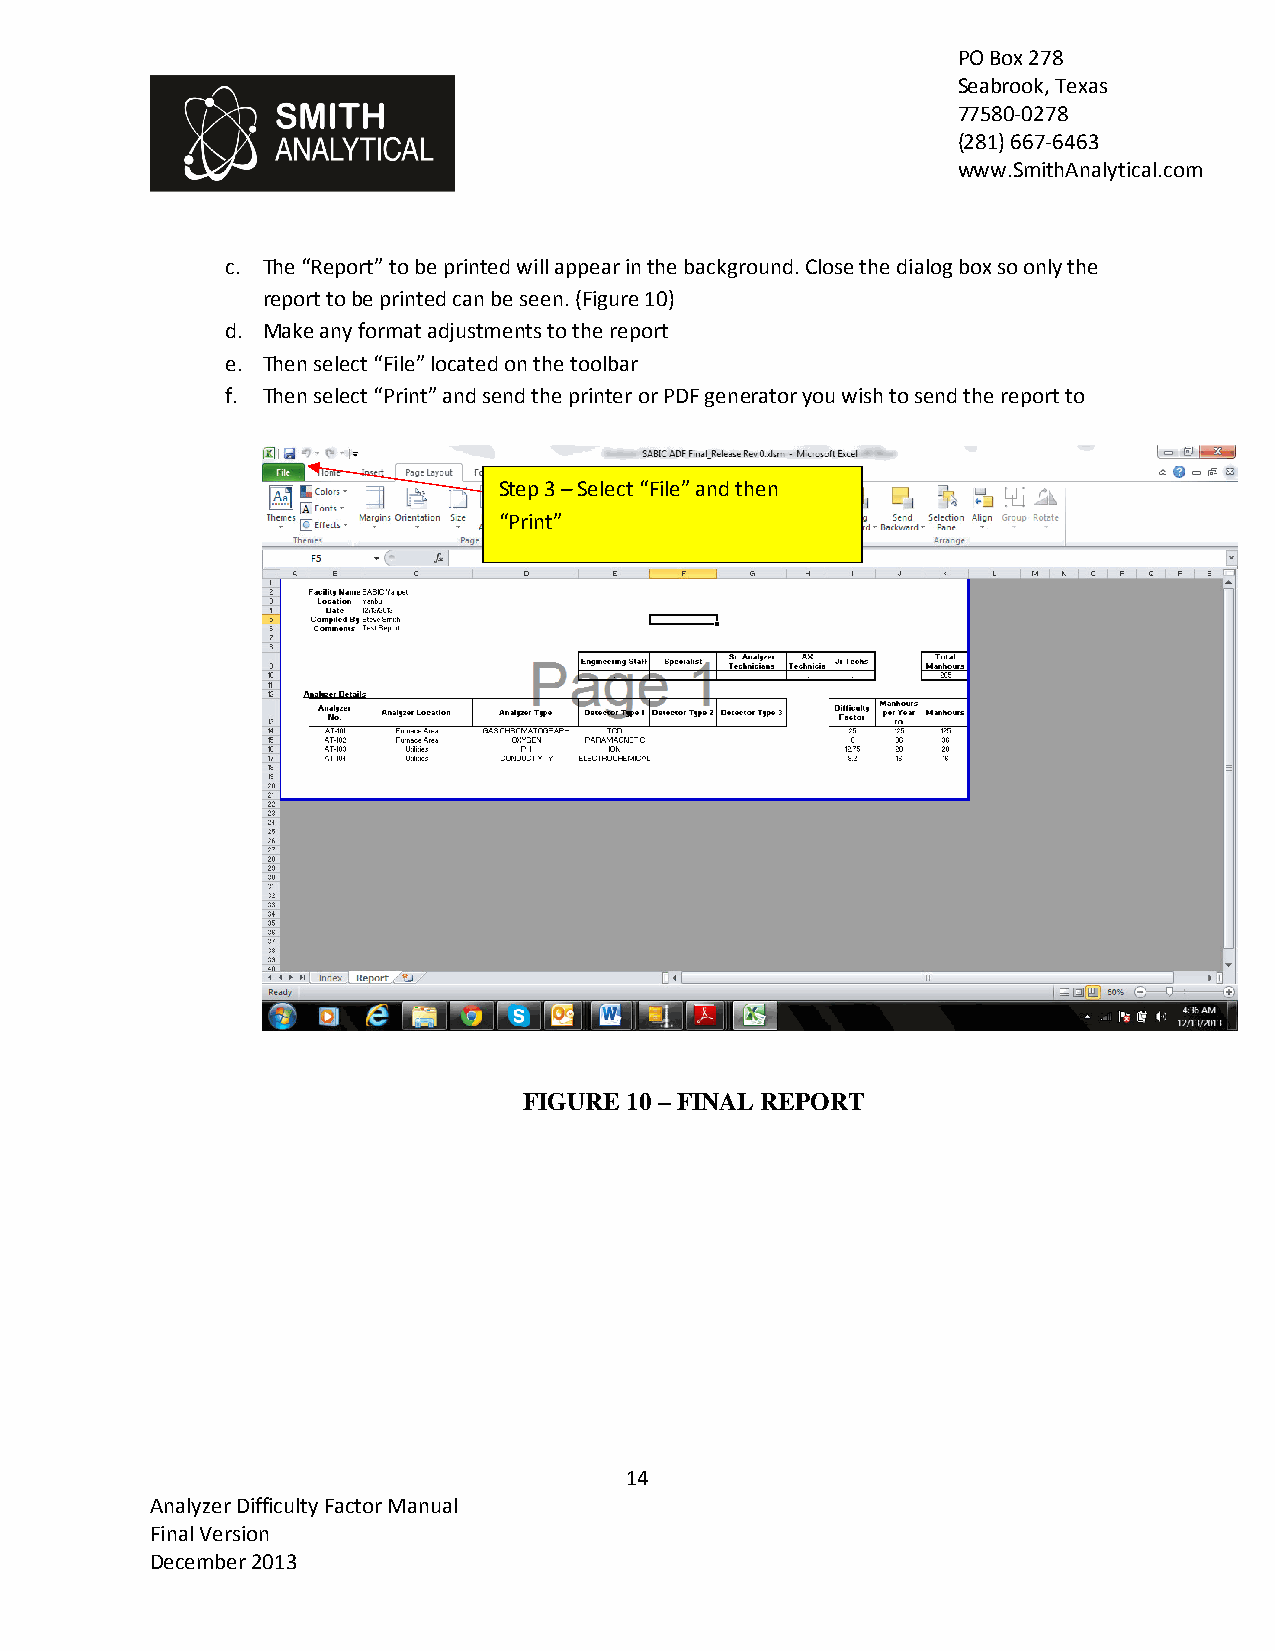
PO Box 278
 Seabrook, Texas
 77580-0278
 (281) 667-6463
 www.SmithAnalytical.com
 c. The “Report” to be printed will appear in the background. Close the dialog box so only the
 report to be printed can be seen. (Figure 10)
 d. Make any format adjustments to the report
 e. Then select “File” located on the toolbar
 f. Then select “Print” and send the printer or PDF generator you wish to send the report to
 Step 3 – Select “File” and then
 “Print”
 FIGURE 10 – FINAL REPORT
 14
 Analyzer Difficulty Factor Manual
 Final Version
 December 2013